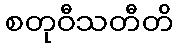
စတုဝီသတီတိ